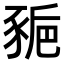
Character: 𧱒